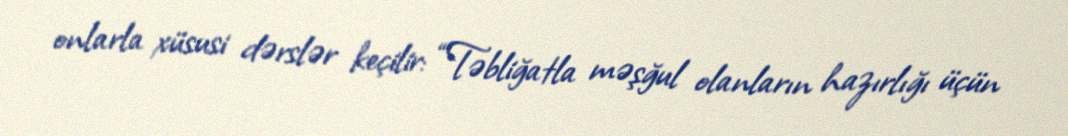
onlarla xüsusi dərslər keçilir: “Təbliğatla məşğul olanların hazırlığı üçün